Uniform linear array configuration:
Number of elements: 12
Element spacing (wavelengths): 0.25
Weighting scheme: blackman
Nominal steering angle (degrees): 15
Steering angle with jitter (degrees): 16.412
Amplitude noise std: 0.05
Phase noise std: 0.05

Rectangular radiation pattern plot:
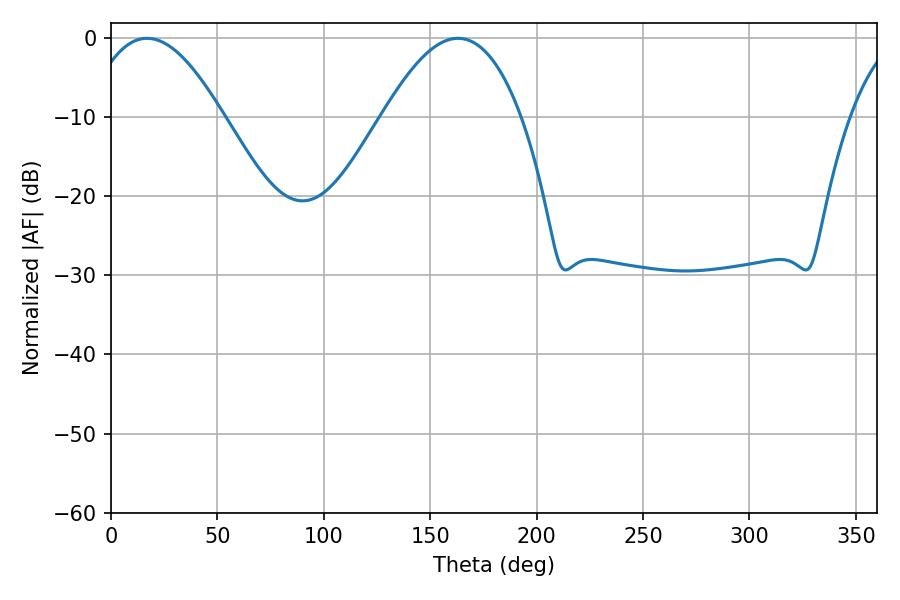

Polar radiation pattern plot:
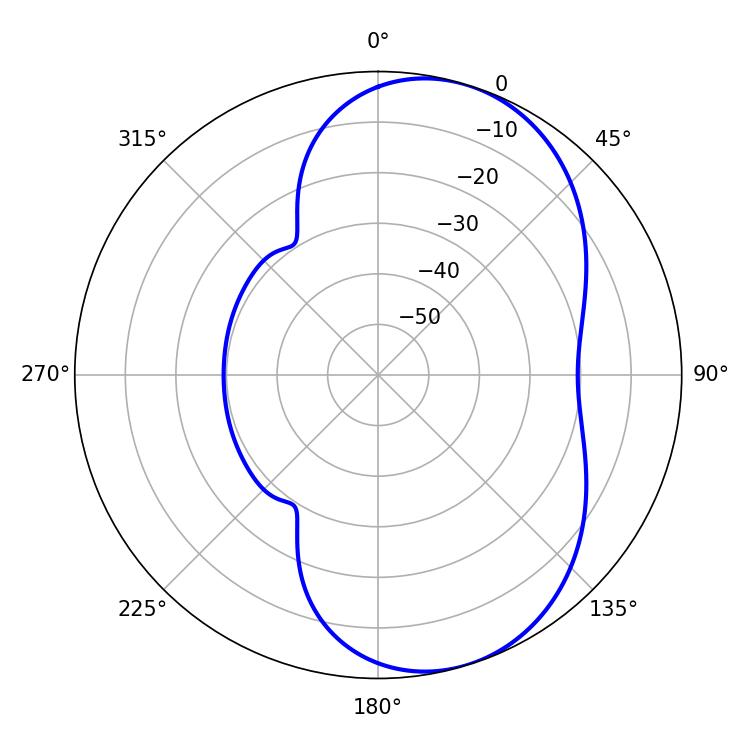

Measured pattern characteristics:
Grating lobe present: FALSE
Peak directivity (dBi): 6.658
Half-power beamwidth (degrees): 35.64
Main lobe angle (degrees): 16.92